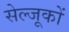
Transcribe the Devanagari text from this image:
सेल्जूकों